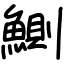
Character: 鰂